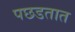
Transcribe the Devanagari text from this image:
पछडतात